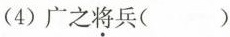
(4)广之将兵( )